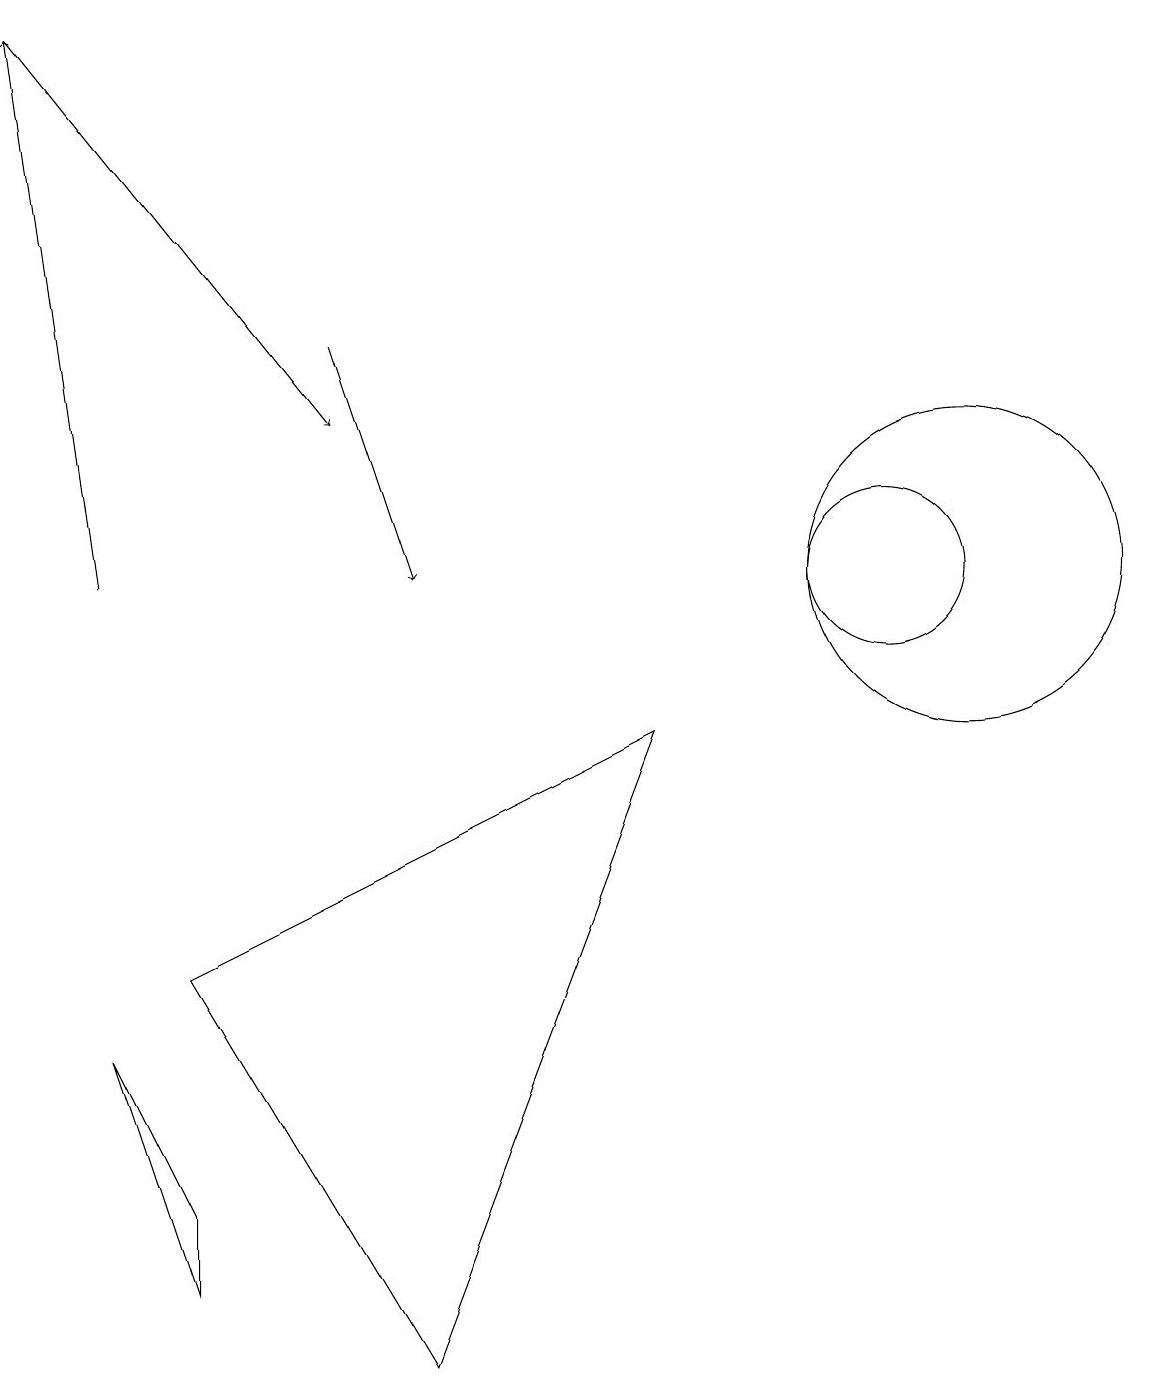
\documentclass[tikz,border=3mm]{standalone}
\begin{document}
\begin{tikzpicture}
\draw (2,2) -- (2,3) -- (1,5) -- cycle;
\draw (12,11) circle (2);
\draw[->] (4,14) -- (5,11);
\draw (11,11) circle (1);
\draw[->] (0,18) -- (4,13);
\draw (5,1) -- (8,9) -- (2,6) -- cycle;
\draw[->] (1,11) -- (0,18);
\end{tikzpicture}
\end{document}